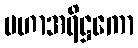
မဟာအရိဋ္ဌကော